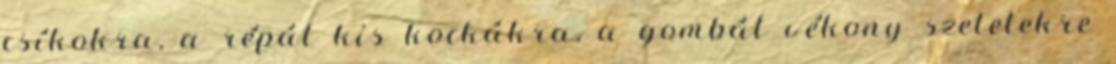
csíkokra, a répát kis kockákra, a gombát vékony szeletekre